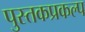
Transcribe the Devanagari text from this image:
पुस्तकप्रकल्प